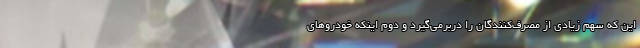
این که سهم زیادی از مصرف‌کنندگان را دربرمی‌گیرد و دوم اینکه خودروهای